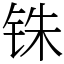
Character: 铢